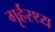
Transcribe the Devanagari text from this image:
गृर्हस्थ्य